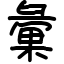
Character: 彙